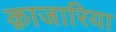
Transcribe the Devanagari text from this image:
क़ाजारिया